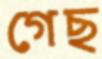
গেছ